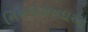
નિયમોકાયદાઓ